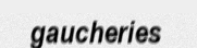
gaucheries